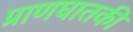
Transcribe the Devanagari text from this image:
प्राणघातकी